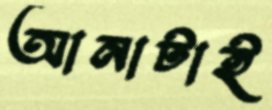
আনাটাই